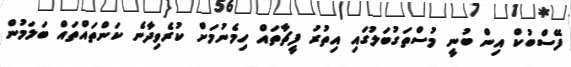
ފޭސްބުކް އިން ބުނީ މުސްތަގުބަލުގައި އިތުރު ފީޗާތައް ހިމެނުމަށް ކުރެވިދާނެ ކަންތައްތައް ބަލަމުން